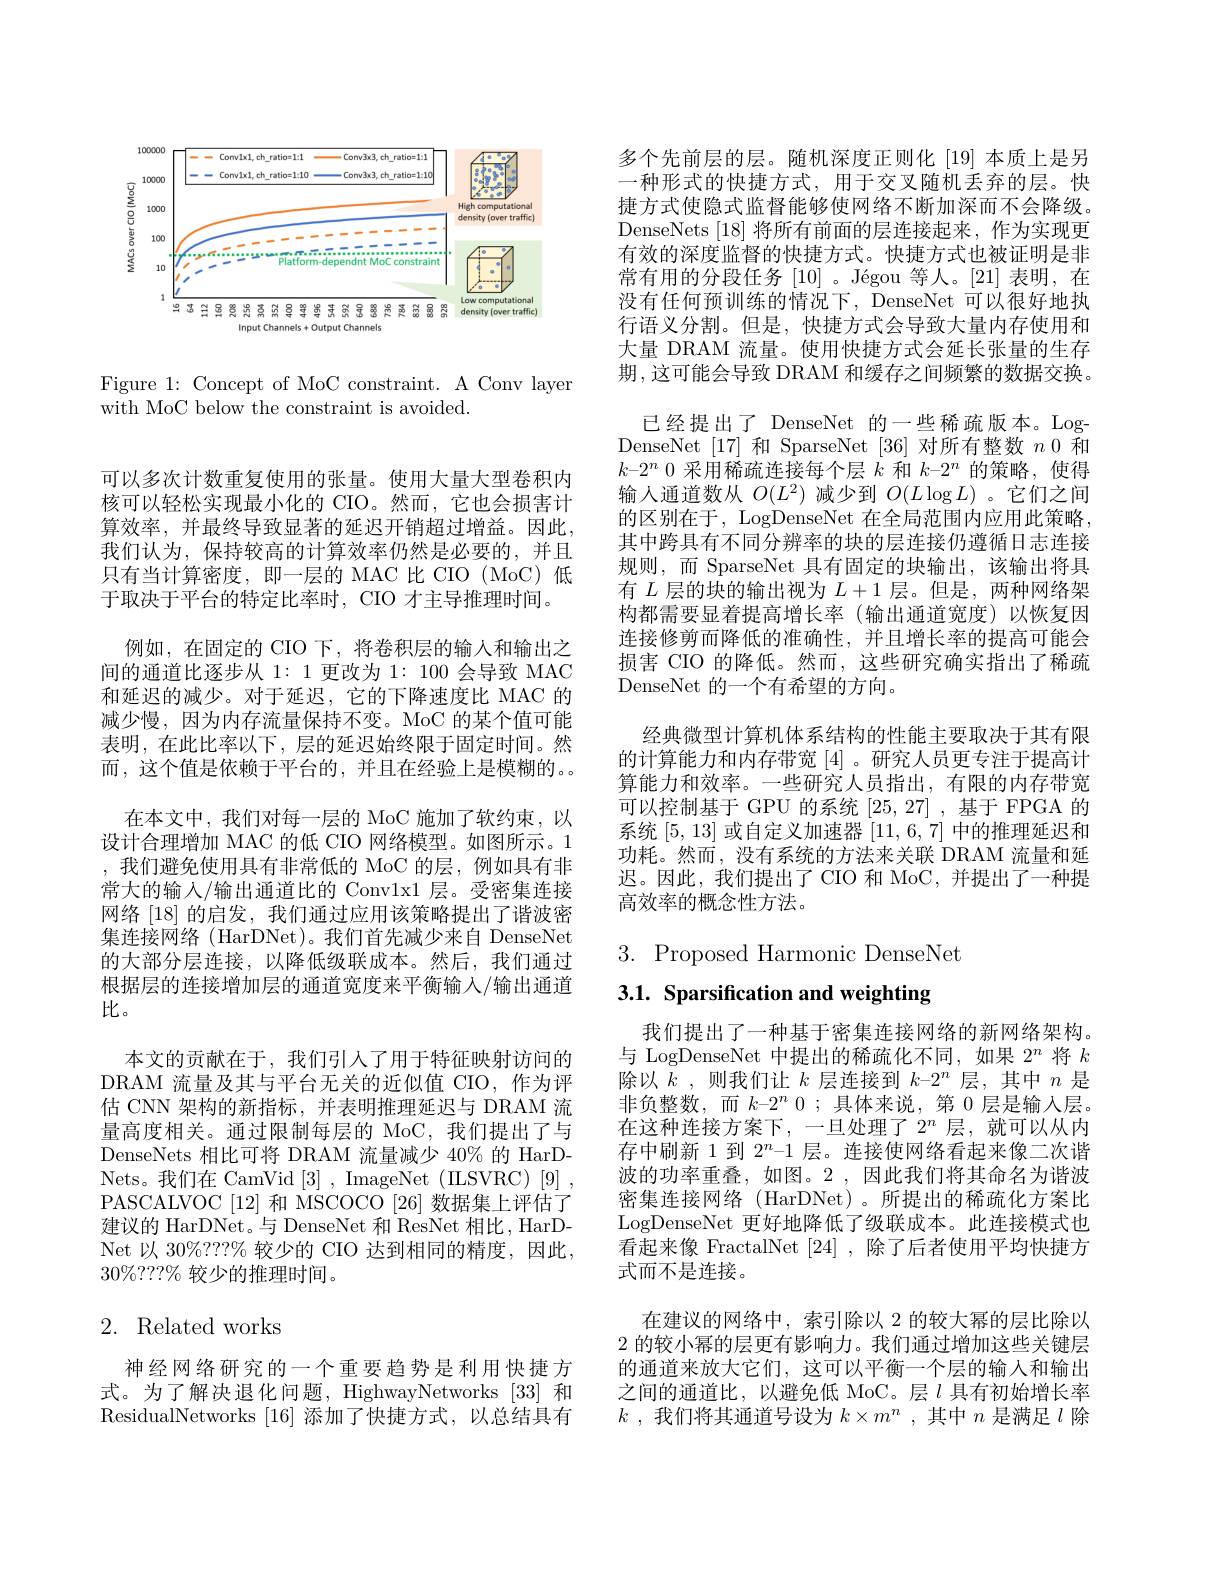
<FigureHere>

Figure 1: Concept of MoC constraint. A Conv layer
with MoC below the constraint is avoided.

可以多次计数重复使用的张量。使用大量大型卷积内核可以轻松实现最小化的 CIO。然而，它也会损害计算效率，并最终导致显著的延迟开销超过增益。因此， 我们认为，保持较高的计算效率仍然是必要的，并且只有当计算密度，即一层的 MAC 比 CIO (MoC) 低于取决于平台的特定比率时，CIO 才主导推理时间。
例如，在固定的 CIO 下，将卷积层的输入和输出之间的通道比逐步从 1: 1 更改为 1: 100 会导致 MAC 和延迟的减少。对于延迟，它的下降速度比 MAC 的减少慢，因为内存流量保持不变。MoC 的某个值可能表明，在此比率以下，层的延迟始终限于固定时间。然而，这个值是依赖于平台的，并且在经验上是模糊的。。
在本文中，我们对每一层的 MoC 施加了软约束，以设计合理增加 MAC 的低 CIO 网络模型。如图所示。1 ,我们避免使用具有非常低的 MoC 的层，例如具有非常大的输入/输出通道比的 Convlx1 层。受密集连接网络 [18] 的启发，我们通过应用该策略提出了谐波密集连接网络 (HarDNet)。我们首先减少来自 DenseNet 的大部分层连接，以降低级联成本。然后，我们通过根据层的连接增加层的通道宽度来平衡输入/输出通道比。
本文的贡献在于，我们引人了用于特征映射访问的DRAM 流量及其与平台无关的近似值 CIO,作为评估 CNN 架构的新指标，并表明推理延迟与 DRAM 流量高度相关。通过限制每层的 MoC,我们提出了与DenseNets 相比可将 DRAM 流量减少 40% 的 HarDNets。我们在 CamVid [3], ImageNet (IISVRC)[9] , PASCALVOC [12] 和 MSCOCO [26] 数据集上评估了建议的 HarDNet。与 DenseNet 和 ResNet 相比，HarDNet 以 30%???% 较少的 CIO 达到相同的精度，因此， $30\%???\%$较少的推理时间。

# 2. Related works

神经网络研究的一个重要趋势是利用快捷方

多个先前层的层。随机深度正则化 [19] 本质上是另一种形式的快捷方式，用于交叉随机丢弃的层。快捷方式使隐式监督能够使网络不断加深而不会降级。DenseNets [18]将所有前面的层连接起来，作为实现更有效的深度监督的快捷方式。快捷方式也被证明是非常有用的分段任务[10] 。Jégou 等人。[21] 表明，在没有任何预训练的情况下，DenseNet 可以很好地执行语义分割。但是，快捷方式会导致大量内存使用和大量 DRAM 流量。使用快捷方式会延长张量的生存期，这可能会导致 DRAM 和缓存之间频繁的数据交换。
已经提出了 DenseNet 的一些稀疏版本。LogDenseNet [17] 和 SparseNet [36] 对所有整数$n$ 0 和$k-2^n$ 0 采用稀疏连接每个层$k$和$k-2^n$的策略，使得输入通道数从$O(L^2)$减少到$O(L\log L)$ 。它们之间的区别在于，LogDenseNet 在全局范围内应用此策略其中跨具有不同分辨率的块的层连接仍遵循日志连接规则，而 SparseNet 具有固定的块输出，该输出将具有$L$层的块的输出视为$L+1$层。但是，两种网络架构都需要显着提高增长率(输出通道宽度)以恢复因连接修剪而降低的准确性，并且增长率的提高可能会损害 CIO 的降低。然而，这些研究确实指出了稀疏DenseNet 的一个有希望的方向。
经典微型计算机体系结构的性能主要取决于其有限的计算能力和内存带宽[4] 。研究人员更专注于提高计算能力和效率。一些研究人员指出，有限的内存带宽可以控制基于 GPU 的系统[25,27] ,基于 FPGA 的系统[5,13]或自定义加速器[11,6,7]中的推理延迟和功耗。然而，没有系统的方法来关联 DRAM 流量和延迟。因此，我们提出了 CIO 和 MoC,并提出了一种提高效率的概念性方法。

$3.{\mathrm{~Proposed~Harmonic~DenseNet}}$

3.1. Sparsification and weighting

我们提出了一种基于密集连接网络的新网络架构。与 LogDenseNet 中提出的稀疏化不同，如果$2^n$将$k$ 除以$k$ ,则我们让$k$层连接到$k-2^n$层，其中$n$是非负整数，而$k-2^n$ 0;具体来说，第 0 层是输入层。在这种连接方案下，一旦处理了$2^n$层，就可以从内存中刷新 1 到$2^n-1$层。连接使网络看起来像二次谐波的功率重叠，如图。2,因此我们将其命名为谐波密集连接网络(HarDNet)。所提出的稀疏化方案比LogDenseNet 更好地降低了级联成本。此连接模式也看起来像 FractalNet [24] ,除了后者使用平均快捷方式而不是连接。
在建议的网络中，索引除以 2 的较大幂的层比除以2的较小幂的层更有影响力。我们通过增加这些关键层的通道来放大它们，这可以平衡一个层的输入和输出
式。为了解决退化问题，HighwayNetworks [33] 和  之间的通道比，以避免低 MoC。层$l$具有初始增长率ResidualNetworks [16] 添加了快捷方式，以总结具有  $k$,我们将其通道号设为$k\times m^n$,其中$n$是满足$l$除